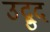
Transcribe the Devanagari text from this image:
उद्बुद